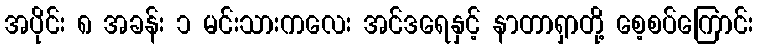
အပိုင်း ၈ အခန်း ၁ မင်းသားကလေး အင်ဒရေနှင့် နာတာရှာတို့ စေ့စပ်ကြောင်း